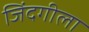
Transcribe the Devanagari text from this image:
जिंदगीला